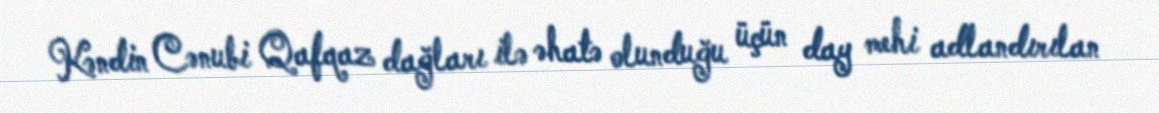
Kəndin Cənubi Qafqaz dağları ilə əhatə olunduğu üçün day mehi adlandırılan